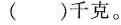
( )千克。